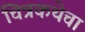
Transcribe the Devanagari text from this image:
चित्रकथेचा